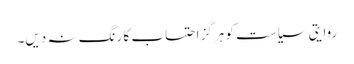
روایتی سیاست کو ہرگز احتساب کا رنگ نہ دیں۔